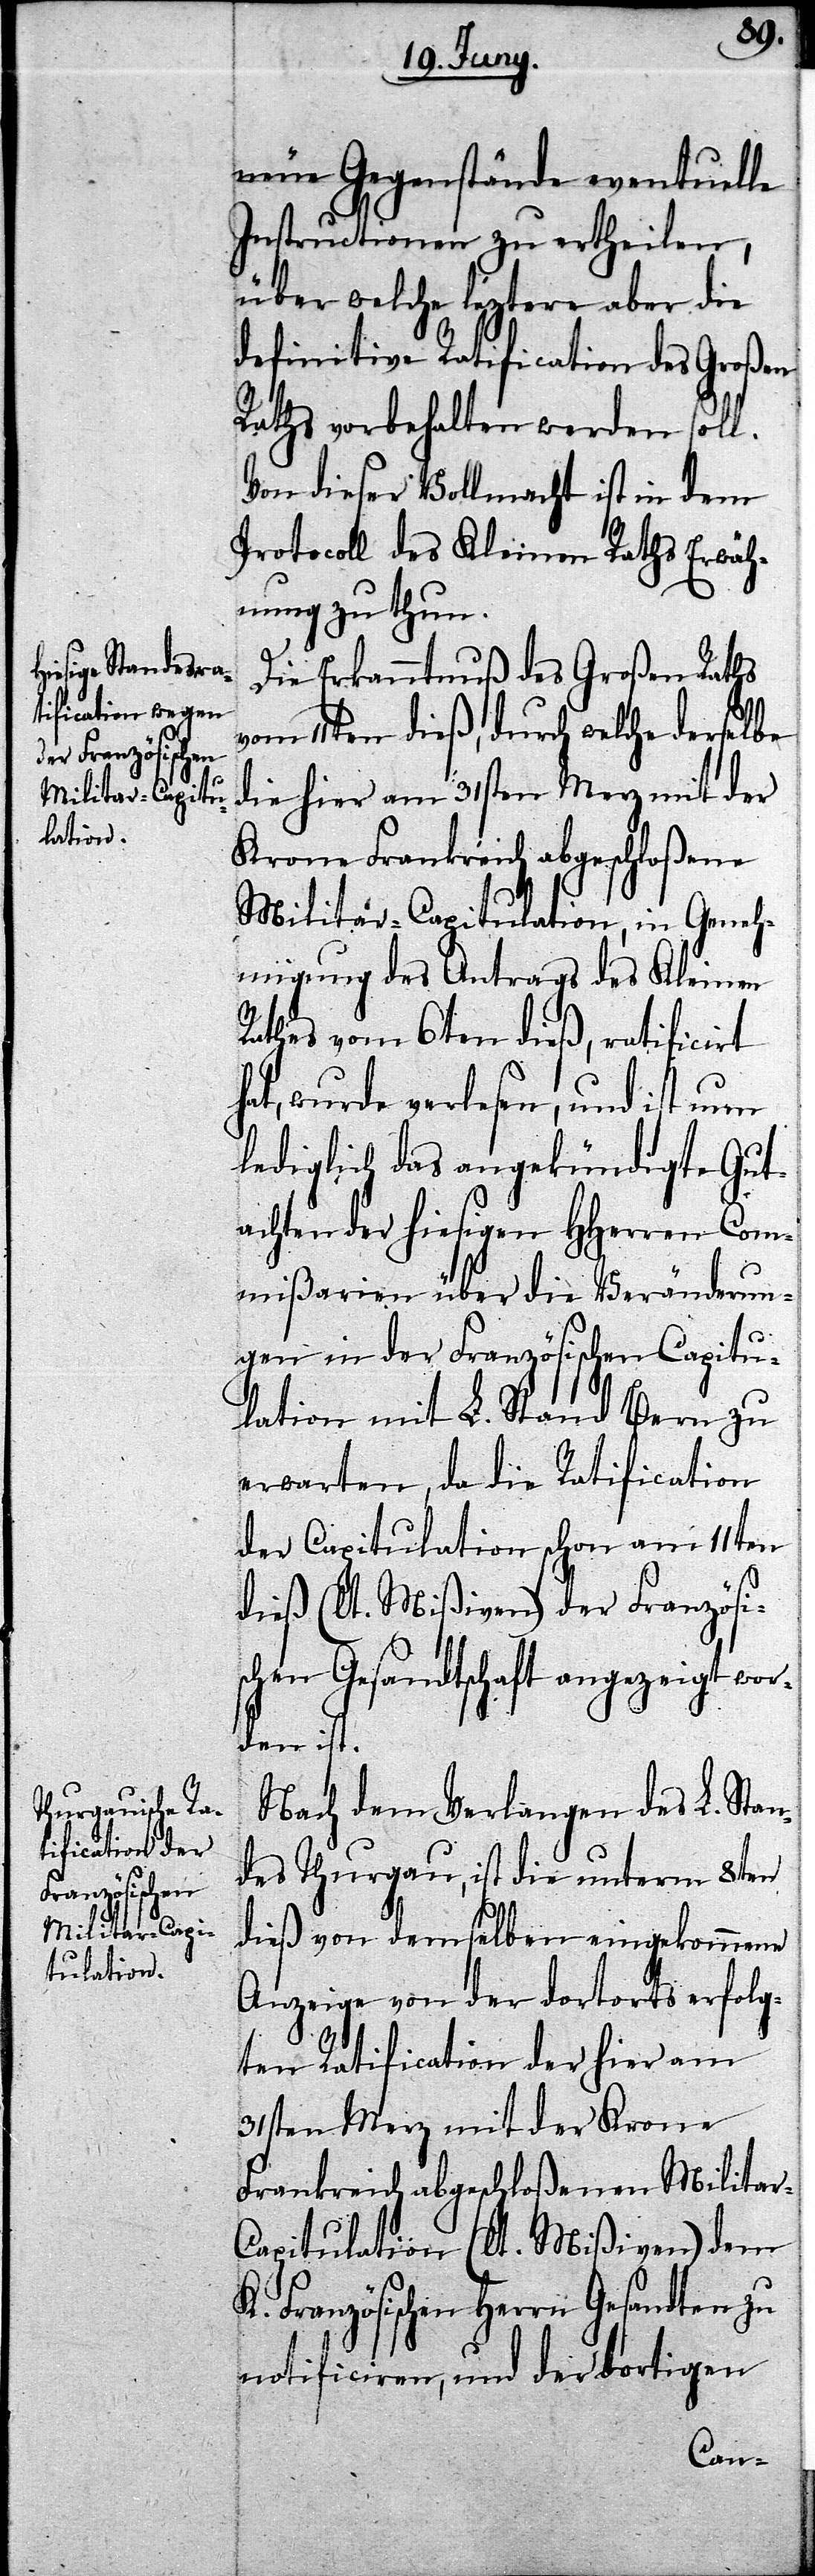
neue Gegenstände eventuelle
Instructionen zu ertheilen,
über welche leztere aber die
definitive Ratification des Großen
Rathes vorbehalten werden soll.
Von dieser Vollmacht ist in dem
Protocoll des Kleinen Raths Erwäh¬
nung zu thun.
Die Erkanntnuß des Großen Raths
vom 11ten dieß, durch welche derselbe
die hier am 31sten Merz mit der
Krone Frankreich abgeschloßene
Militär-Capitulation, in Geneh¬
migung des Antrags des Kleinen
Rathes vom 6ten dieß, ratificirt
hat, wurde verlesen, und ist nun
lediglich das angekündigte Gut¬
achten der hiesigen HHerren Com¬
mißarien über die Veränderun¬
gen in der Französischen Capitu¬
lation mit L. Stand Bern zu
erwarten, da die Ratification
der Capitulation schon am 11ten
dieß (lt. Mißiven) der Französi¬
schen Gesandtschaft angezeigt wor¬
den ist.
Nach dem Verlangen des L. Stan¬
des Thurgau, ist die unterm 8ten
dieß von demselben eingekommene
Anzeige von der dortorts erfolg¬
ten Ratification der hier am
31sten Merz mit der Krone
Frankreich abgeschloßenen Militar-C¬
apitulation (lt. Mißiven) dem
K. Französischen Herrn Gesandten zu
notificiren, und der dortigen